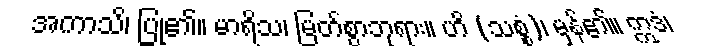
အကာသိ၊ ပြု၏။ မာရိသ၊ မြတ်စွာဘုရား။ ဟိ (သစ္စံ)၊ မှန်၏။ ဣဒံ၊